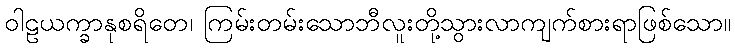
ဝါဠယက္ခာနုစရိတေ၊ ကြမ်းတမ်းသောဘီလူးတို့သွားလာကျက်စားရာဖြစ်သော။